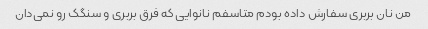
من نان بربری سفارش داده بودم متاسفم نانوایی که فرق بربری و سنگک رو نمی‌دان